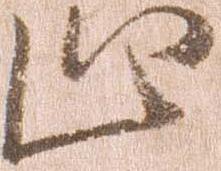
止